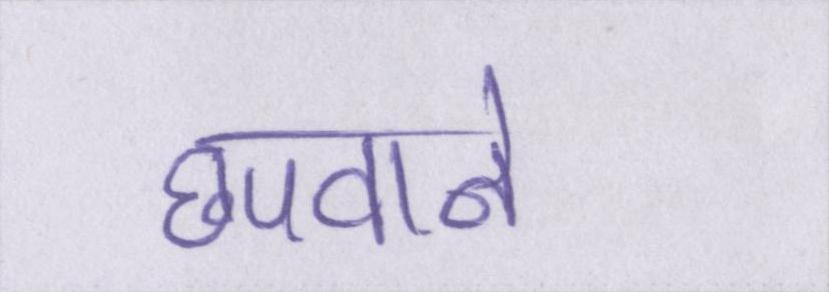
छपवाने